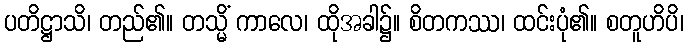
ပတိဋ္ဌာသိ၊ တည်၏။ တသ္မိံ ကာလေ၊ ထိုအခါ၌။ စိတကဿ၊ ထင်းပုံ၏။ စတူဟိပိ၊